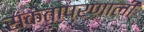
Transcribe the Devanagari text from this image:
संकेताप्रणाली